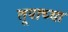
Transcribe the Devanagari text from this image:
तूपाच्या